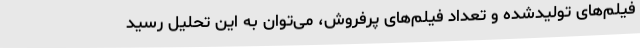
فیلم‌های تولیدشده و تعداد فیلم‌های پرفروش، می‌توان به این تحلیل رسید